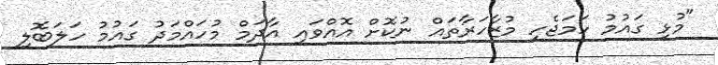
"މުޅި ގައުމު ހަމަޖެހި މުޒާހަރާތައް ނުކޮށް އޮއްވައި އާދަމް މުހައްމަދު ގައުމު ހަލަބޮލި